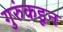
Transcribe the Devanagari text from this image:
गुरुंकडून